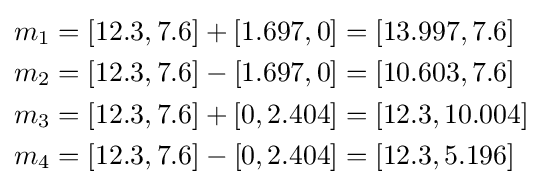
{\begin{aligned}m_{1}&=[12.3,7.6]+[1.697,0]=[13.997,7.6]\\m_{2}&=[12.3,7.6]-[1.697,0]=[10.603,7.6]\\m_{3}&=[12.3,7.6]+[0,2.404]=[12.3,10.004]\\m_{4}&=[12.3,7.6]-[0,2.404]=[12.3,5.196]\end{aligned}}